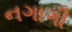
નગાગી